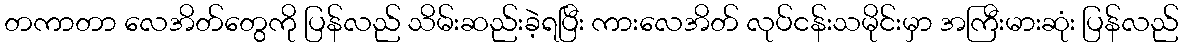
တကာတာ လေအိတ်တွေကို ပြန်လည် သိမ်းဆည်းခဲ့ရပြီး ကားလေအိတ် လုပ်ငန်းသမိုင်းမှာ အကြီးမားဆုံး ပြန်လည်